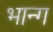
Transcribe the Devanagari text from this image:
भान्ग